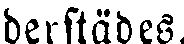
derstädes.